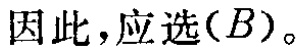
因此，应选\((B)\)。